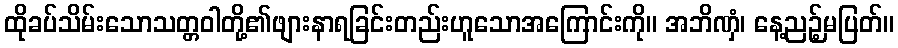
ထိုခပ်သိမ်းသောသတ္တဝါတို့၏ဖျားနာရခြင်းတည်းဟူသောအကြောင်းကို။ အဘိဏှံ၊ နေ့ညဉ့်မပြတ်။